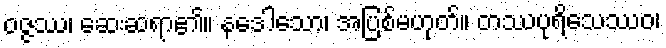
ဝဇ္ဇဿ၊ ဆေးဆရာ၏။ နဒေါသော၊ အပြစ်မဟုတ်။ တဿပုရိသေဿဝ၊